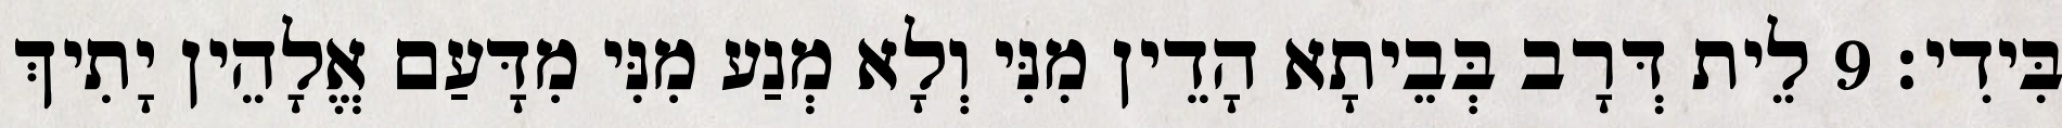
בִּידִי׃ 9 לֵית דְּרָב בְּבֵיתָא הָדֵין מִנִּי וְלָא מְנַע מִנִּי מִדָּעַם אֱלָהֵין יָתִיךְ